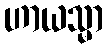
ဟာယသ္မာ